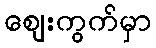
ဈေးကွက်မှာ